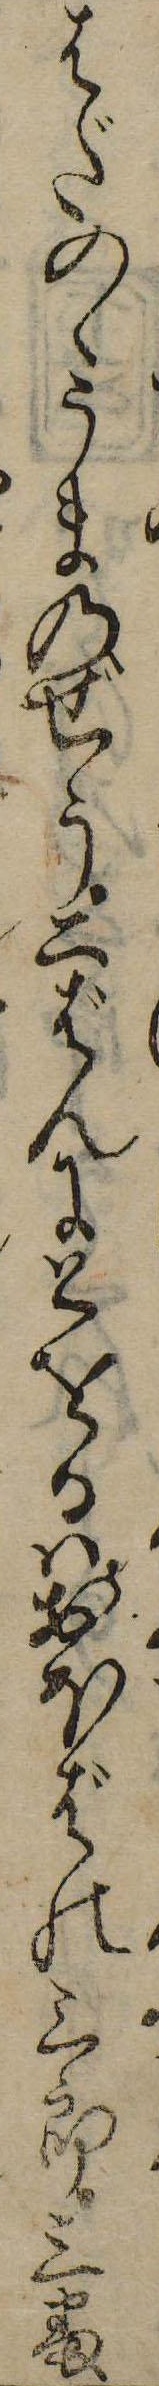
はだのゝうまのぜう二ばんにとをるはおほばの三郎三番